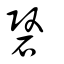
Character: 䃜